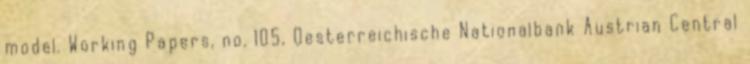
model. Working Papers, no. 105, Oesterreichische Nationalbank Austrian Central